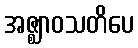
အဇ္ဈာဝသတိပေ